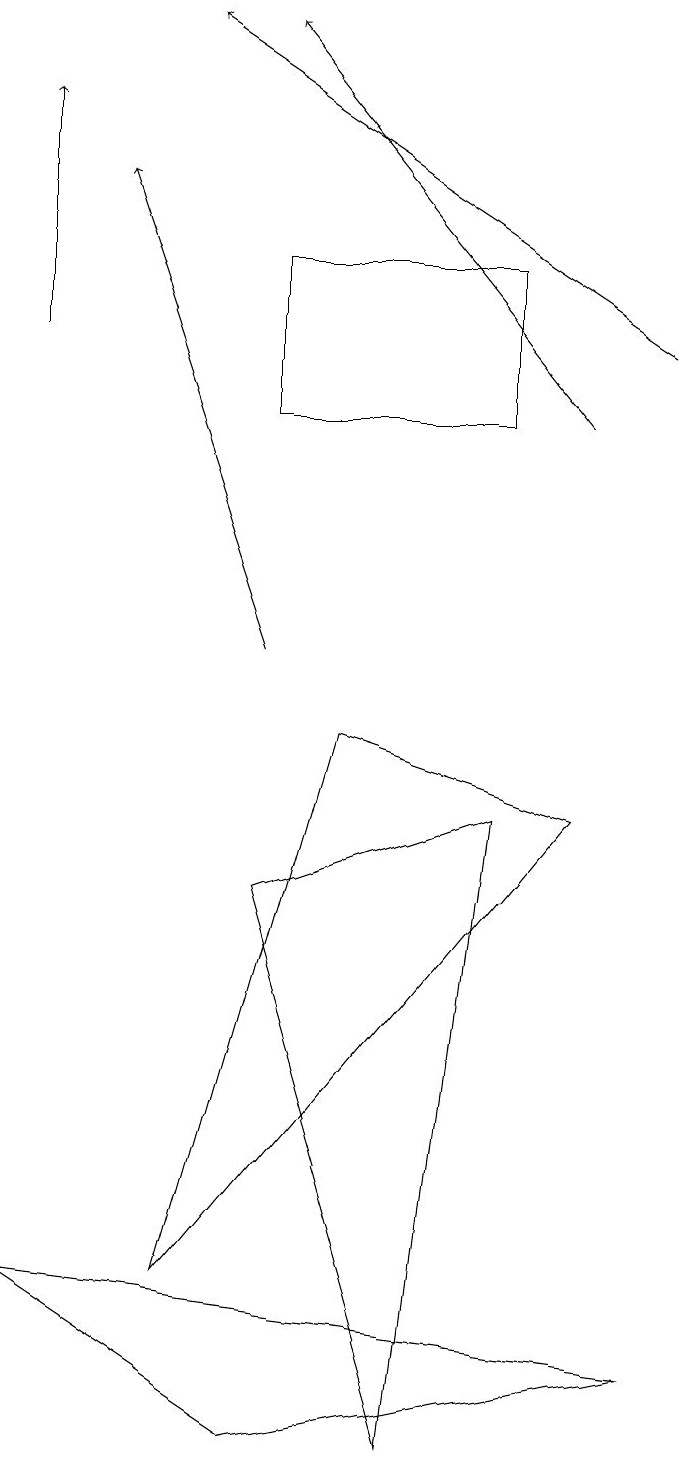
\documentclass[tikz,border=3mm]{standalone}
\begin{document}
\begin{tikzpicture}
\draw (9,1) -- (1,2) -- (4,0) -- cycle;
\draw[->] (1,14) -- (1,17);
\draw[->] (4,10) -- (2,16);
\draw[->] (8,13) -- (4,18);
\draw (3,2) -- (8,8) -- (5,9) -- cycle;
\draw (6,0) -- (4,7) -- (7,8) -- cycle;
\draw (4,15) rectangle (7,13);
\draw[->] (9,14) -- (3,18);
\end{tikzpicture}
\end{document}